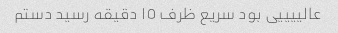
عالییییی بود سریع ظرف ١٥ دقیقه رسید دستم